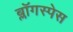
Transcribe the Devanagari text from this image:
ब्लॉगस्पेस